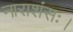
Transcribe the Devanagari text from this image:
नाराशंसः।